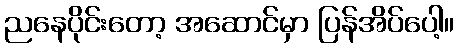
ညနေပိုင်းတော့ အဆောင်မှာ ပြန်အိပ်ပေါ့။